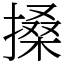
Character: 搡